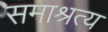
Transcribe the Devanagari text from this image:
समाश्रत्य